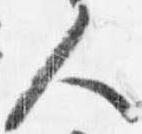
人